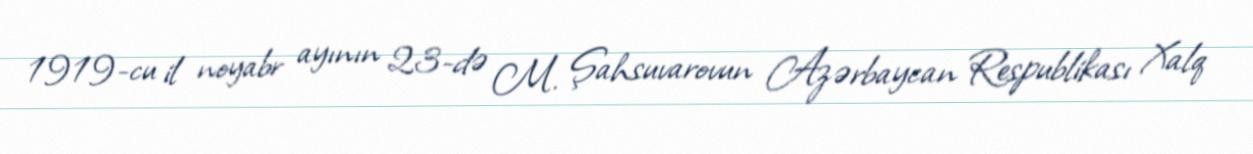
1919-cu il noyabr ayının 23-də M. Şahsuvarovun Azərbaycan Respublikası Xalq